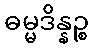
ဓမ္မဒိန္နဉ္စ